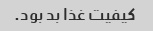
کیفیت غذا بد بود.